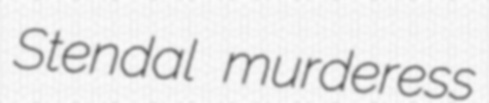
Stendal murderess